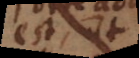
est, ut